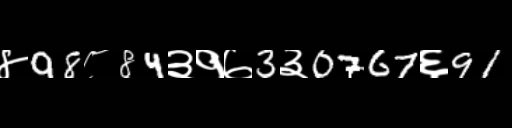
Text: ४98८84३१७3३0767६91